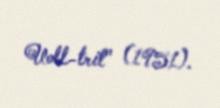
Uoll-trit" (1951).